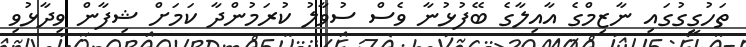
ތަހުގީގުގައި ނާޒިމްގެ އާއިލާގެ ބޭފުޅުނާ ވެސް ސުވާލު ކުރަމުންދާ ކަމަށް ޝިފާން ވިދާޅުވި